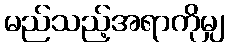
မည်သည့်အရာကိုမျှ